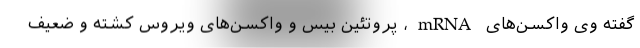
گفته وی واکسن‌های mRNA، پروتئین بِیس و واکسن‌های ویروس کشته و ضعیف